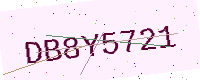
Text: DB8Y5721